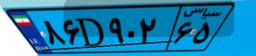
۴۵D۲۱۶۷۷